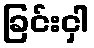
ခြင်းငှါ